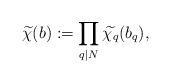
LaTeX: \begin{align*}\widetilde{\chi}(b):=\prod_{q\mid N}\widetilde{\chi_q}(b_{q}),\end{align*}